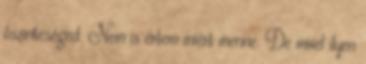
őszinteséged. Nem is értem miért menne. De mivel ilyen